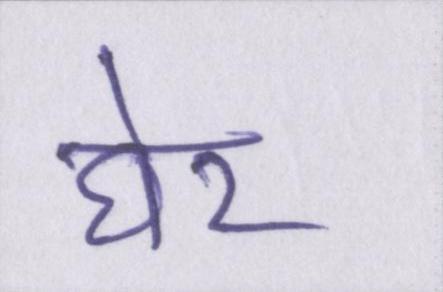
घेर